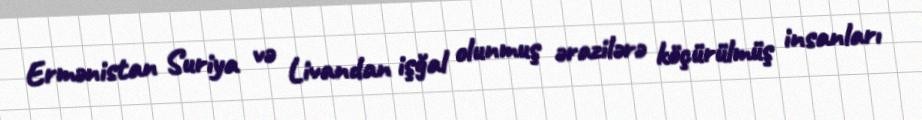
Ermənistan Suriya və Livandan işğal olunmuş ərazilərə köçürülmüş insanları